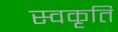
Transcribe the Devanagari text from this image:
स्वकृतिं